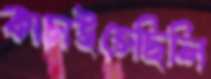
কাচাইতেছিলি